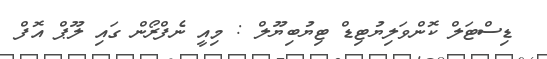
ޑިސްޓަލް ކޮންވަލިޔުޓިޑް ޓިޔުބިޔޫލް : މިއީ ނެފްރޯން ގައި ލޫޕް އޮފް